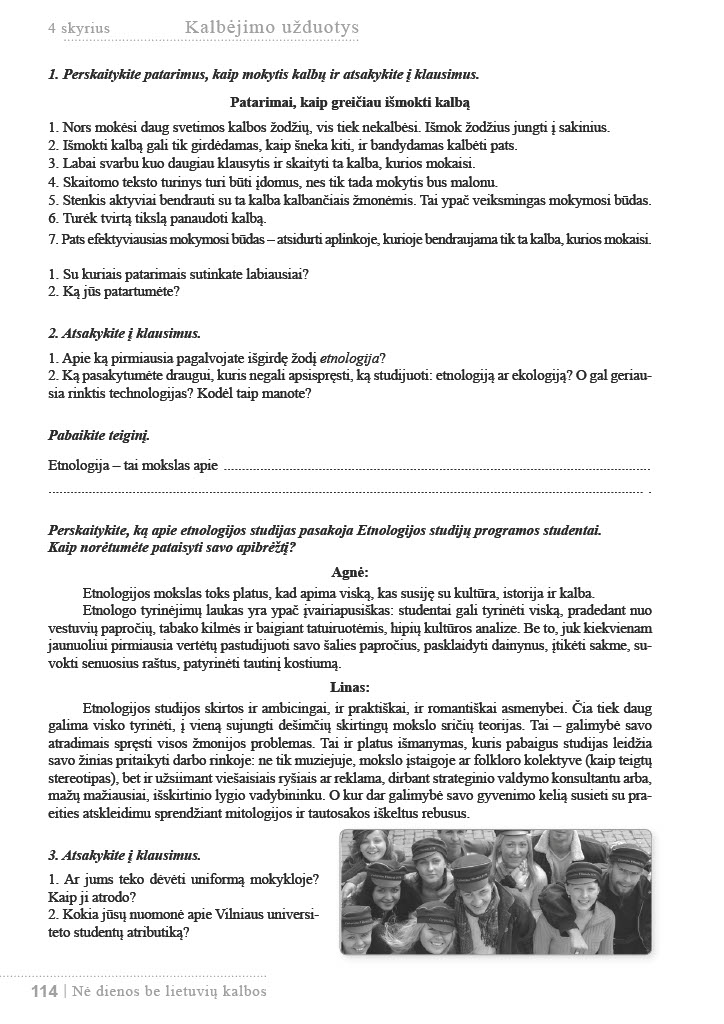
Language: lt